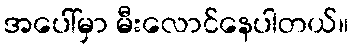
အပေါ်မှာ မီးလောင်နေပါတယ်။